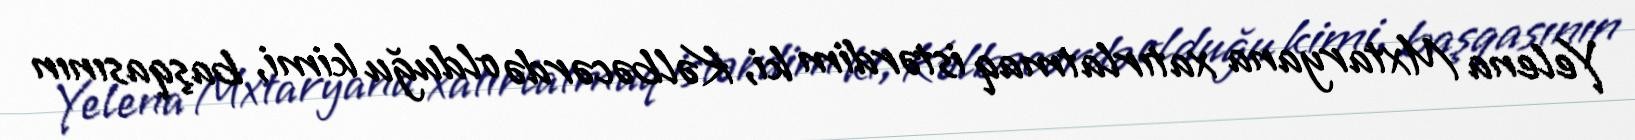
Yelena Mxtaryana xatırlatmaq istərdim ki, Kəlbəcərdə olduğu kimi, başqasının